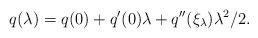
LaTeX: \begin{align*}q(\lambda) = q(0)+q'(0)\lambda+q''(\xi_\lambda)\lambda^2/2.\end{align*}